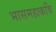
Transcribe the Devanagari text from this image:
भासमहाकवि